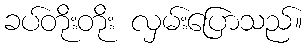
ခပ်တိုးတိုး လှမ်းပြောသည်။